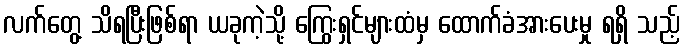
လက်တွေ့ သိရပြီးဖြစ်ရာ ယခုကဲ့သို့ ကြွေးရှင်များထံမှ ထောက်ခံအားပေးမှု ရရှိ သည့်